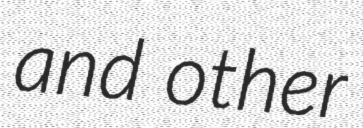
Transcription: and other